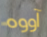
آووه